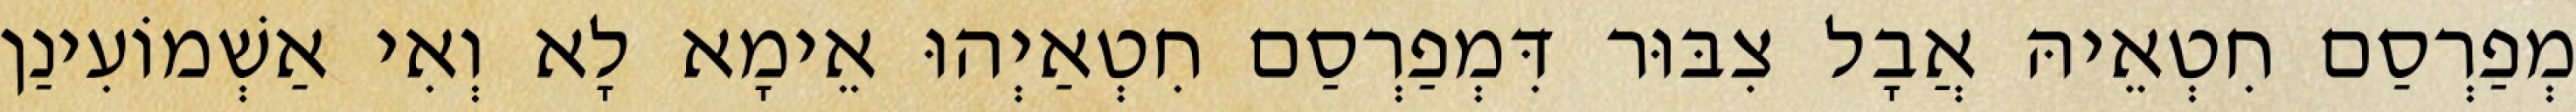
מְפַרְסַם חִטְאֵיהּ אֲבָל צִבּוּר דִּמְפַרְסַם חִטְאַיְהוּ אֵימָא לָא וְאִי אַשְׁמוֹעִינַן